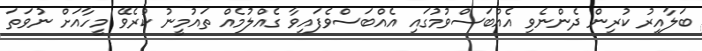
ބަލާއިރު ކުރިން ދެންނެވި އެއްބަސްވުމުގައި އެއްބަސްވެފައިވާ ގެއްލުމެއް ތައުމީނު ކުރެވޭ މީހާއަށް ނުވަތަ